Scientific memoirs by medical officers of the Army of India - Part III,
Year: 1887
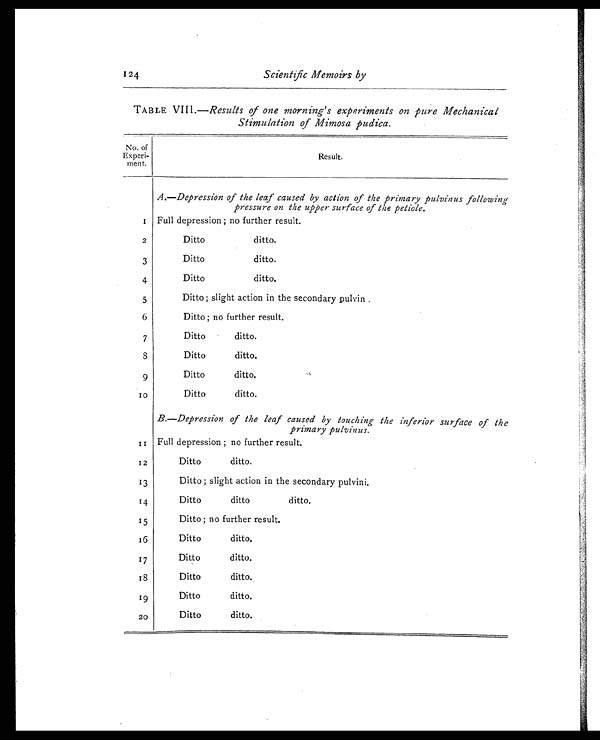
124
Scientific Memoirs by
TABLE VIII.— Results of one morning's experiments on pure Mechanical
Stimulation of Mimosa pudica.
No. of
Experi-
ment.
Result.
A.—Depression of the leaf caused by action of the primary pulvinus following
pressure on the upper surface of the petiole.
1 Full depression ; no further result.
2
Ditto
ditto.
3
Ditto
ditto.
4
Ditto
ditto.
5
Ditto ; slight action in the secondary pulvin.
6
Ditto; no further result.
7
Ditto
ditto.
8
Ditto
ditto.
9
Ditto
ditto.
1 0 Ditto
ditto.
B.—Depression of the leaf caused by touching the inferior surface of the
primary pulvinus.
1 1
Full depression ; no further result.
12
Ditto
ditto.
13
Ditto ; slight action in the secondary pulvini.
1 4
Ditto
ditto
ditto.
15
Ditto ; no further result.
16
Ditto
ditto.
17
Ditto
ditto.
18
Ditto
ditto.
19
Ditto
ditto.
20
Ditto
ditto.